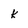
Character: k